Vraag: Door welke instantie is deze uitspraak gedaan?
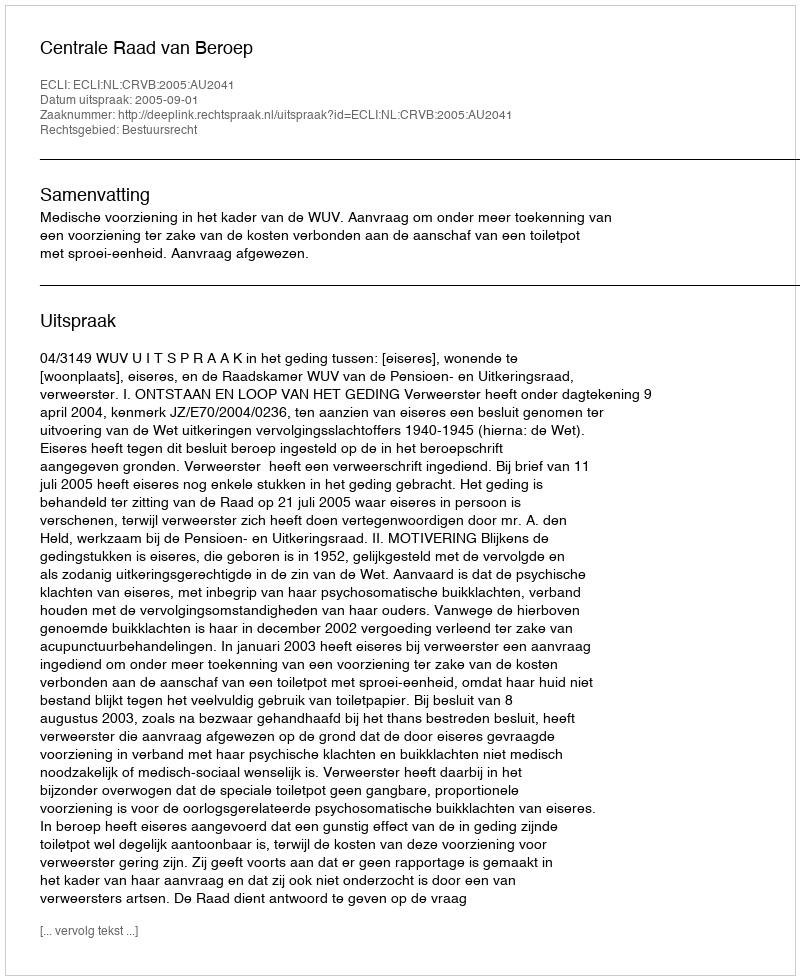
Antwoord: Centrale Raad van Beroep